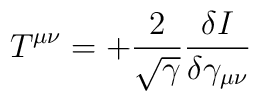
T^{\mu\nu} = + \frac{2}{\sqrt{\gamma}} \frac{\delta I}{\delta \gamma_{\mu\nu}}